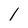
Character: 1